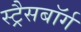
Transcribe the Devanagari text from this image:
स्ट्रैसबॉर्ग